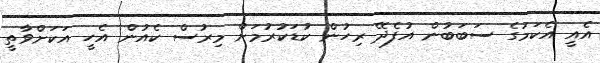
އެއީ އެކަމުގެ ސަބަބުން އުފެދޭ ރިހުން ކުޑަކުރުމަށް މިރުސް ކެއުން އެހީ އަކަށްވާތީ